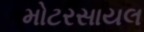
મોટરસાયલ